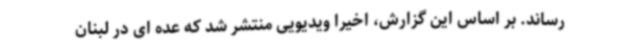
رساند. بر اساس این گزارش، اخیرا ویدیویی منتشر شد که عده ای در لبنان